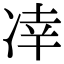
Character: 㓑